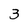
Character: 3